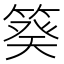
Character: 𥯫